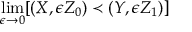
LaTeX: \operatorname* { l i m } _ { \epsilon \to 0 } [ ( X , \epsilon Z _ { 0 } ) \prec ( Y , \epsilon Z _ { 1 } ) ]